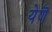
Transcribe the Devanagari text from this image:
येणॆ